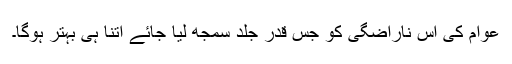
عوام کی اس ناراضگی کو جس قدر جلد سمجھ لیا جائے اتنا ہی بہتر ہوگا۔